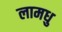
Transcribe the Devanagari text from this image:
लामधु